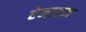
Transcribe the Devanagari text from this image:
ऐनाइम